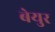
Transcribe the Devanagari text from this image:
बेयुर